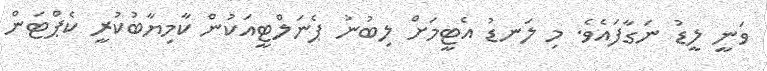
ވަނީ ލީޑު ނަގާފައެވެ. މި ލަނޑު އެޓީމަށް ލިބުނު ޕެނަލްޓީއަކުން ކާމިޔާބުކުރީ ކެޕްޓަން